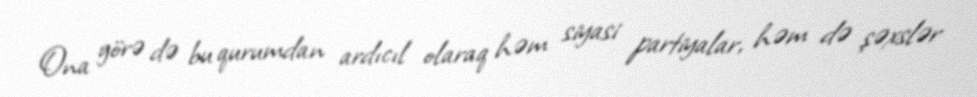
Ona görə də bu qurumdan ardıcıl olaraq həm siyasi partiyalar, həm də şəxslər